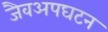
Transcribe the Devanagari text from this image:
जैवअपघटन